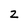
Character: 2